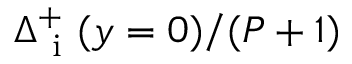
\Delta _ { \mathrm { ~ i ~ } } ^ { + } ( y = 0 ) / ( P + 1 )